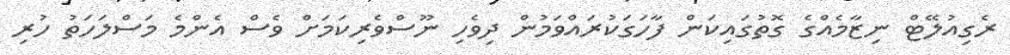
ރެގިއުލޭޓް ނިޒާމެއްގެ ގޮތުގައިކަން ފާހަގަކުރައްވަމުން ދިވެހި ނޫސްވެރިކަމަށް ވެސް އެންމެ މަސްލަހަތު ހުރި